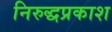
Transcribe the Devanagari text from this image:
निरुद्धप्रकाश